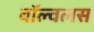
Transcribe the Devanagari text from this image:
वॉल्वलस